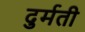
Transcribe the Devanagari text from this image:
दुर्मती